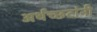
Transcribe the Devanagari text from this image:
अर्थच्‍छटांनी